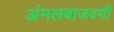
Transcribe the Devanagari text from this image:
अंमलबाजवणी